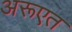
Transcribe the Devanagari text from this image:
अरूएत